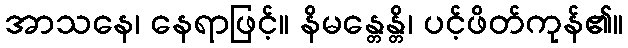
အာသနေ၊ နေရာဖြင့်။ နိမန္တေန္တိ၊ ပင့်ဖိတ်ကုန်၏။